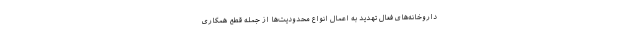
داروخانه‌های فعال تهدید به اعمال انواع محدودیت‌ها از جمله قطع همکاری